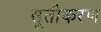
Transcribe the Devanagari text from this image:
सूतीकरण